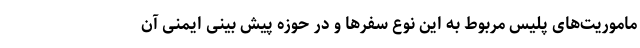
ماموریت‌های پلیس مربوط به این نوع سفرها و در حوزه پیش بینی ایمنی آن